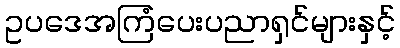
ဥပဒေအကြံပေးပညာရှင်များနှင့်